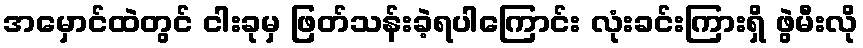
အမှောင်ထဲတွင် ငါးခုမှ ဖြတ်သန်းခဲ့ရပါကြောင်း လုံးခင်းကြားရှိ ဖွဲမီးလို